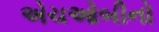
એચઓબીનો